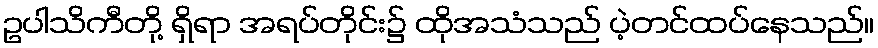
ဥပါသိကီတို့ ရှိရာ အရပ်တိုင်း၌ ထိုအသံသည် ပဲ့တင်ထပ်နေသည်။